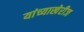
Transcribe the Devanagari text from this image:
यांच्याखेरीज